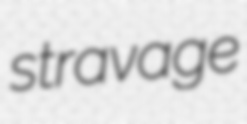
stravage